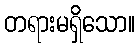
တရားမရှိသော။